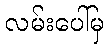
လမ်းပေါ်မှ